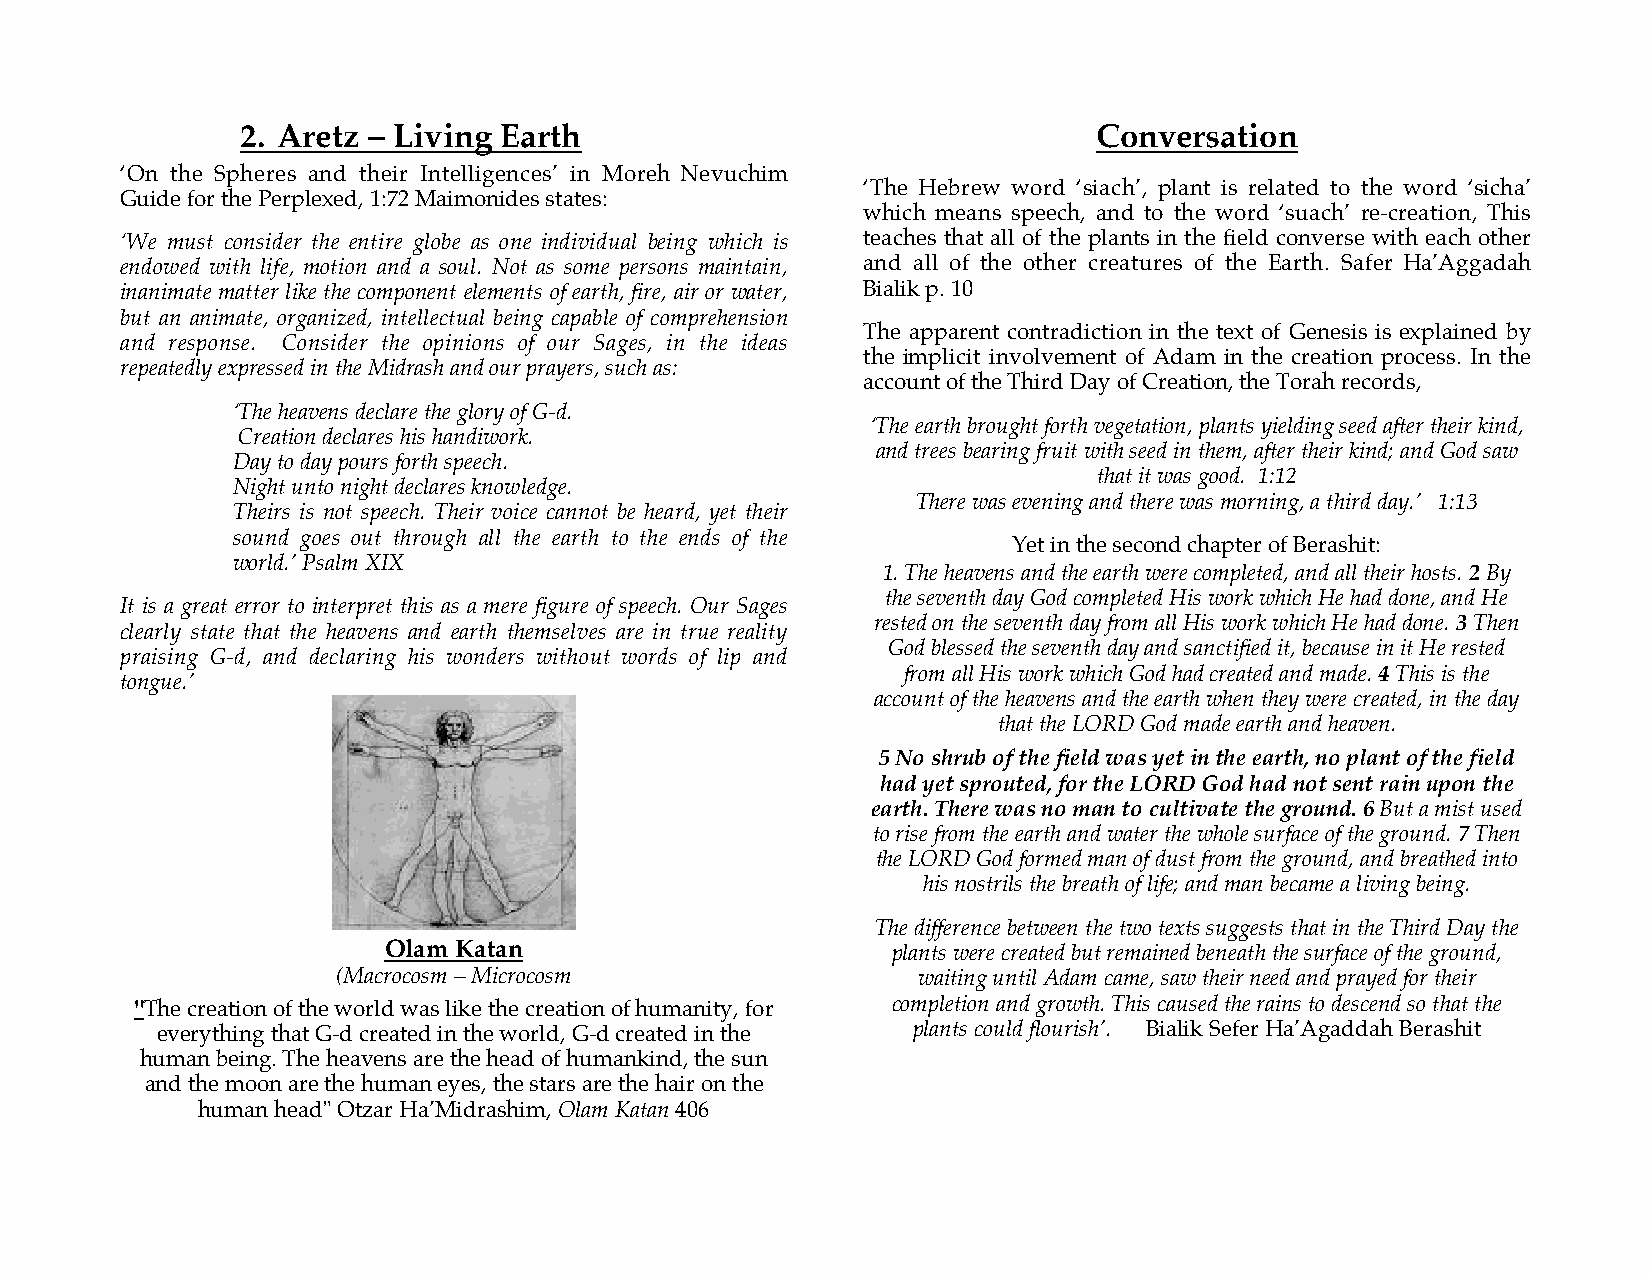
2. Aretz – Living Earth                                  Conversation
 ‘On the Spheres and their Intelligences’ in Moreh Nevuchim
 ‘The Hebrew word ‘siach’, plant is related to the word ‘sicha’
 Guide for the Perplexed, 1:72 Maimonides states:
 which means speech, and to the word ‘suach’ re-creation, This
 ‘We must consider the entire globe as one individual being which is teaches that all of the plants in the field converse with each other
 endowed with life, motion and a soul. Not as some persons maintain, and all of the other creatures of the Earth. Safer Ha’Aggadah
 inanimate matter like the component elements of earth, fire, air or water, Bialik p. 10
 but an animate, organized, intellectual being capable of comprehension
 The apparent contradiction in the text of Genesis is explained by
 and response. Consider the opinions of our Sages, in the ideas
 the implicit involvement of Adam in the creation process. In the
 repeatedly expressed in the Midrash and our prayers, such as:
 account of the Third Day of Creation, the Torah records,
 ‘The heavens declare the glory of G-d.
 ‘The earth brought forth vegetation, plants yielding seed after their kind,
 Creation declares his handiwork.
 and trees bearing fruit with seed in them, after their kind; and God saw
 Day to day pours forth speech.
 that it was good. 1:12
 Night unto night declares knowledge.
 There was evening and there was morning, a third day.’ 1:13
 Theirs is not speech. Their voice cannot be heard, yet their
 sound goes out through all the earth to the ends of the
 Yet in the second chapter of Berashit:
 world.’ Psalm XIX
 1. The heavens and the earth were completed, and all their hosts. 2 By
 the seventh day God completed His work which He had done, and He
 It is a great error to interpret this as a mere figure of speech. Our Sages
 rested on the seventh day from all His work which He had done. 3 Then
 clearly state that the heavens and earth themselves are in true reality
 God blessed the seventh day and sanctified it, because in it He rested
 praising G-d, and declaring his wonders without words of lip and
 from all His work which God had created and made. 4 This is the
 tongue.’
 account of the heavens and the earth when they were created, in the day
 that the LORD God made earth and heaven.
 5 No shrub of the field was yet in the earth, no plant of the field
 had yet sprouted, for the LORD God had not sent rain upon the
 earth. There was no man to cultivate the ground. 6 But a mist used
 to rise from the earth and water the whole surface of the ground. 7 Then
 the LORD God formed man of dust from the ground, and breathed into
 his nostrils the breath of life; and man became a living being.
 The difference between the two texts suggests that in the Third Day the
 Olam Katan                        plants were created but remained beneath the surface of the ground,
 (Macrocosm – Microcosm                 waiting until Adam came, saw their need and prayed for their
 "The creation of the world was like the creation of humanity, for completion and growth. This caused the rains to descend so that the
 everything that G-d created in the world, G-d created in the plants could flourish’. Bialik Sefer Ha’Agaddah Berashit
 human being. The heavens are the head of humankind, the sun
 and the moon are the human eyes, the stars are the hair on the
 human head" Otzar Ha’Midrashim, Olam Katan 406